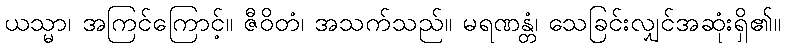
ယသ္မာ၊ အကြင်ကြောင့်။ ဇီဝိတံ၊ အသက်သည်။ မရဏန္တံ၊ သေခြင်းလျှင်အဆုံးရှိ၏။